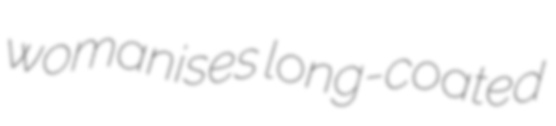
womanises long-coated